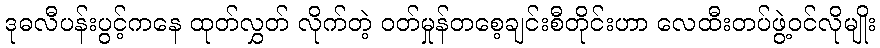
ဒုဓလီပန်းပွင့်ကနေ ထုတ်လွှတ် လိုက်တဲ့ ဝတ်မှုန်တစေ့ချင်းစီတိုင်းဟာ လေထီးတပ်ဖွဲ့ဝင်လိုမျိုး